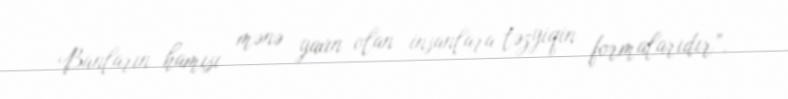
Bunların hamısı mənə yaxın olan insanlara təzyiqin formalarıdır”.